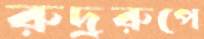
রুদ্ররুপে